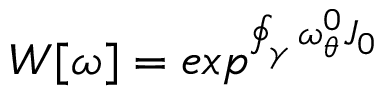
W [ \omega ] = e x p ^ { \oint _ { \gamma } \omega _ { \theta } ^ { 0 } J _ { 0 } }